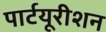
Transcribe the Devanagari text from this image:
पार्टयूरीशन